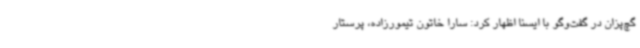
گچ‌پزان در گفت‌وگو با ایسنا اظهار کرد: سارا خاتون تیمورزاده، پرستار